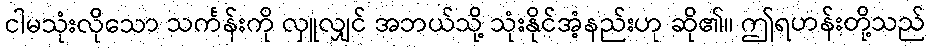
ငါမသုံးလိုသော သင်္ကန်းကို လှူလျှင် အဘယ်သို့ သုံးနိုင်အံ့နည်းဟု ဆို၏။ ဤရဟန်းတို့သည်